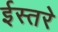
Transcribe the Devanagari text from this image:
ईस्तरे